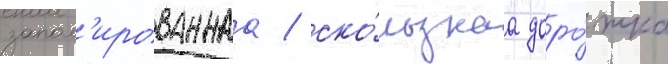
запол'ированнаа / ско́льзкаа доро́жка